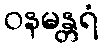
ဝနမန္တရံ